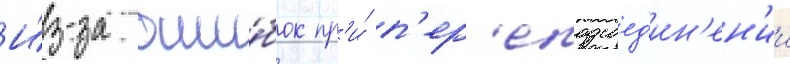
И́з-за оши́бок пр'и́ п'ер'еподсоед'ин'ен'ии